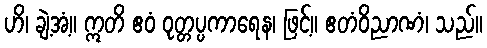
ဟိ၊ ချဲ့အံ့။ ဣတိ ဧဝံ ဝုတ္တပ္ပကာရေန၊ ဖြင့်။ ဧတံဝိညာဏံ၊ သည်။